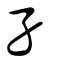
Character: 孑